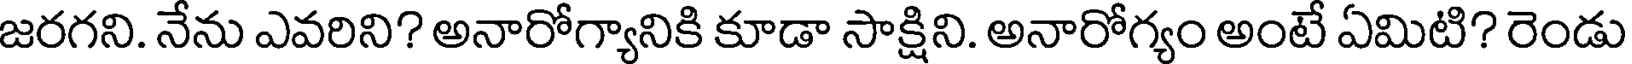
జరగని. నేను ఎవరిని? అనారోగ్యానికి కూడా సాక్షిని. అనారోగ్యం అంటే ఏమిటి? రెండు